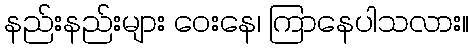
နည်းနည်းများ ဝေးနေ၊ ကြာနေပါသလား။